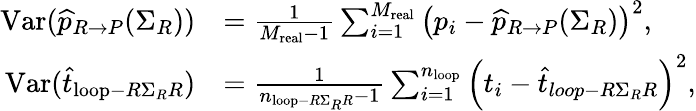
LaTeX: \begin{array}{rl}{\mathrm{Var}(\widehat{p}_{R\rightarrow P}(\Sigma_{R}))}&{=\frac{1}{M_{\mathrm{real}}-1}\sum_{i=1}^{M_{\mathrm{real}}}\left(p_{i}-\widehat{p}_{R\rightarrow P}(\Sigma_{R})\right)^{2},}\\ {\mathrm{Var}(\widehat{t}_{\mathrm{loop}-R\Sigma_{R}R})}&{=\frac{1}{n_{\mathrm{loop}-R\Sigma_{R}R}-1}\sum_{i=1}^{n_{\mathrm{loop}}}\left(t_{i}-\widehat{t}_{loop-R\Sigma_{R}R}\right)^{2},}\end{array}